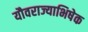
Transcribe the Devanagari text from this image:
यौवराज्याभिषेक